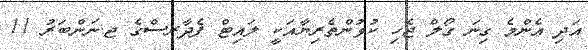
އަަދި އެންމެ ގިނަ ގޯލް ޖެހި ކުޅުންތެރިޔާއަކީ ލައިޓް ފެދާރސްގެ ޖ.ނަންބަރު 11